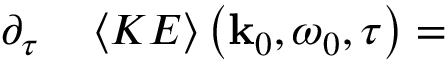
\begin{array} { r l } { \partial _ { \tau } } & { { } \left< K E \right> \left( \mathbf { k } _ { 0 } , \omega _ { 0 } , \tau \right) = } \end{array}